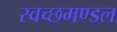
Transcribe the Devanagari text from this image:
स्‍वच्‍छमण्‍डल